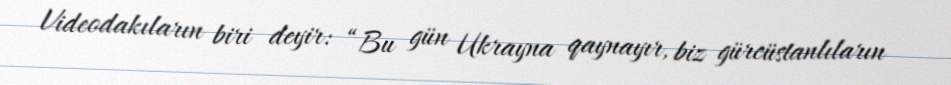
Videodakıların biri deyir: “Bu gün Ukrayna qaynayır, biz gürcüstanlıların